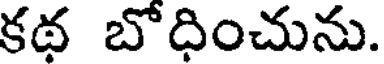
కథ బోధించును.